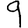
Digit: 9